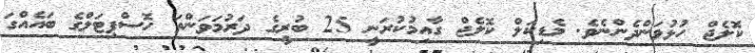
ކޮލެޖް ހުޅުވަންދެންނެވެ. މެޑިކަލް ކޮލެޖް ގާއިމުކުރަނީ 25 ބުރީގެ ދަރުމަވަންތަ ހޮސްޕިޓަލްގެ ބައެއްގަ